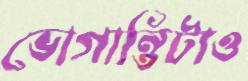
ভোগান্তিটাও